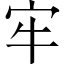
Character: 牢